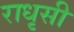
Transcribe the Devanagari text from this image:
राधृसी